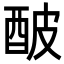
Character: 𨠜